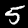
Digit: 5